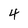
Character: 4